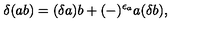
\delta ( a b ) = ( \delta a ) b + ( - ) ^ { \epsilon _ { a } } a ( \delta b ) ,